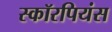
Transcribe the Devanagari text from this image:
स्कॉरपियंस